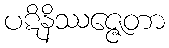
ပဋိနိဿဇ္ဇေတာ